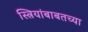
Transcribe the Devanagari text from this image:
स्त्रियांबाबतच्या